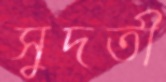
সুদতী